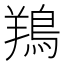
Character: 鴹